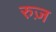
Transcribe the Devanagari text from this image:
रुज़